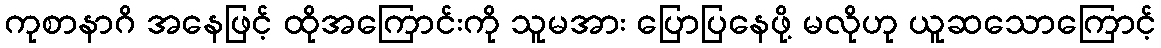
ကုစာနာဂိ အနေဖြင့် ထိုအကြောင်းကို သူမအား ပြောပြနေဖို့ မလိုဟု ယူဆသောကြောင့်